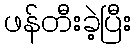
ဖန်တီးခဲ့ပြီး